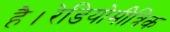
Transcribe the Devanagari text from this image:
है।रेडियोमीत्रिक